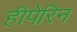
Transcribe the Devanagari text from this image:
हीपेरिन